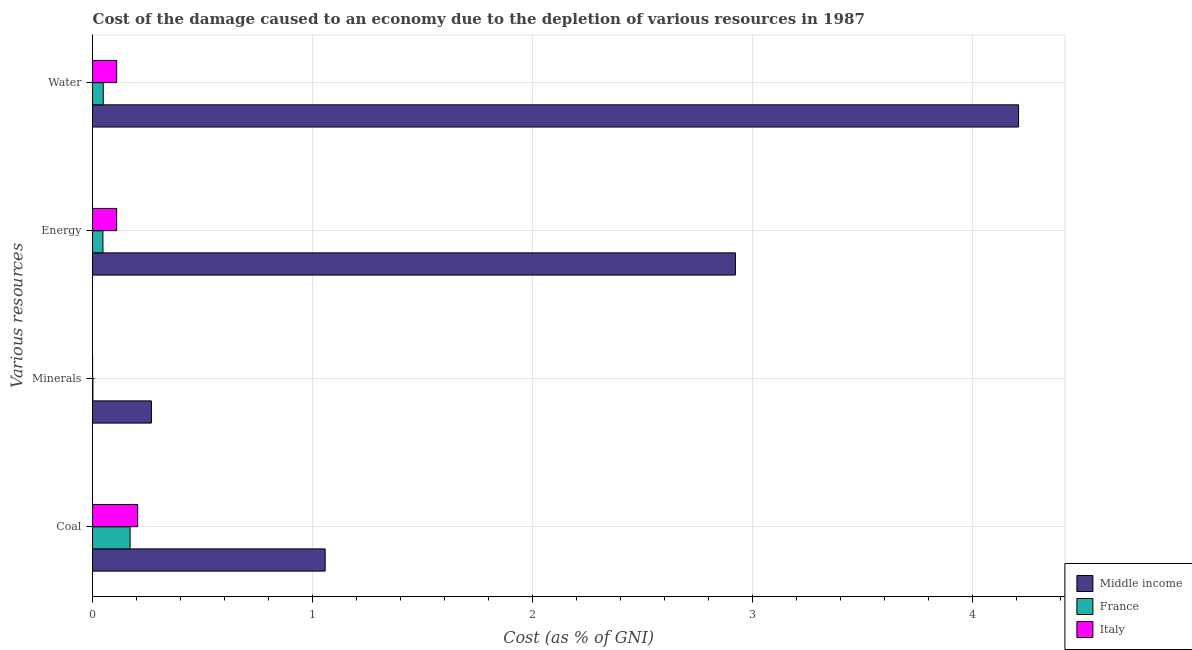
| Various resources | Middle income | France | Italy |
 | --- | --- | --- | --- |
 | Coal | 1.06 | 0.171 | 0.205 |
 | Minerals | 0.267 | 0.00143 | 5.38e-05 |
 | Energy | 2.92 | 0.0471 | 0.11 |
 | Water | 4.21 | 0.0485 | 0.11 |